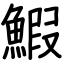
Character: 鰕